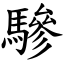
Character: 驂